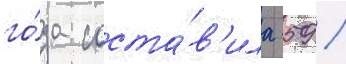
го́да соста́в'ила 59 /